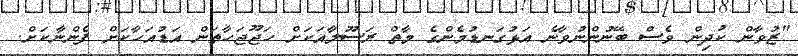
"ޒުވާން ކުދިން ވެސް ބޭނުންނުވާނެ އަޅުގަނޑުމެންގެ މާތް ރަސޫލާއަކަށް ހަޖޫޖަހާތަން އަޑުއަހާކަށް ފެންނާކަށް.